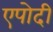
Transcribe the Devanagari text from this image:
एपोदी